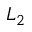
L _ { 2 }